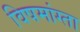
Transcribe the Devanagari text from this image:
विषमांग्ता